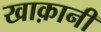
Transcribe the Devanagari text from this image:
खाक़ानी